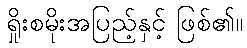
ရှိုးစမိုးအပြည့်နှင့် ဖြစ်၏။